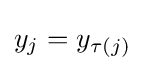
y_{j}=y_{\tau (j)}